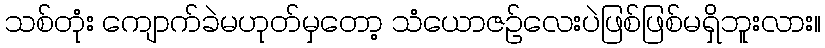
သစ်တုံး ကျောက်ခဲမဟုတ်မှတော့ သံယောဇဉ်လေးပဲဖြစ်ဖြစ်မရှိဘူးလား။